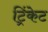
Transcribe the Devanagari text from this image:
ट्रिंकेट